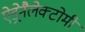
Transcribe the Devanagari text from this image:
ऐड्रेनैलेक्टोमी